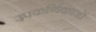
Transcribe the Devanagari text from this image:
उपकर्णिकाओं